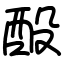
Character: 酘